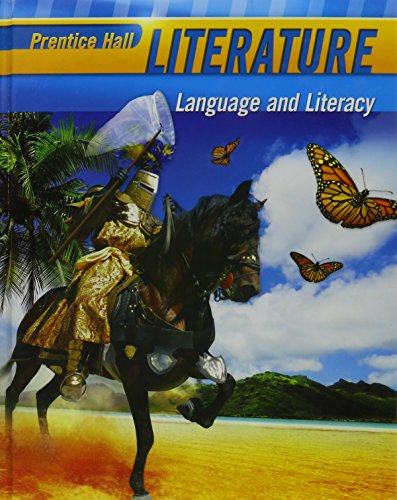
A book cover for Prentice Hall Literature: Language and Literacy, Grade Seven; Teen & Young Adult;